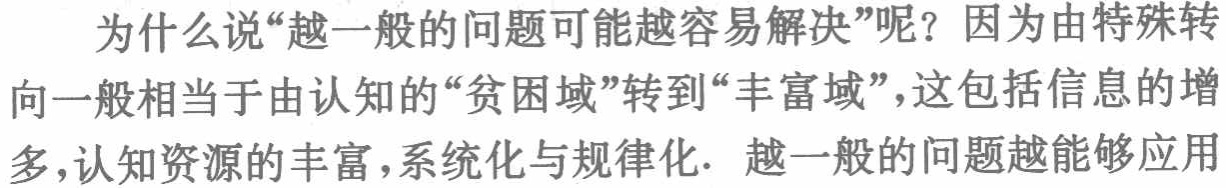
为什么说“越一般的问题可能越容易解决”呢？因为由特殊转向一般相当于由认知的“贫困域”转到“丰富域”，这包括信息的增多,认知资源的丰富，系统化与规律化. 越一般的问题越能够应用